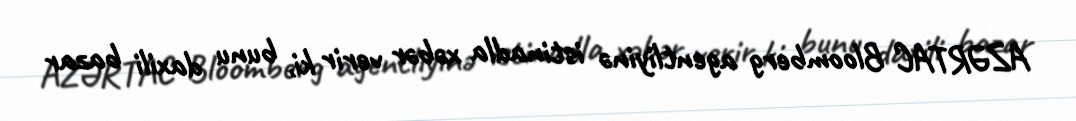
AZƏRTAC Bloomberg agentliyinə istinadla xəbər verir ki, bunu daxili bazar